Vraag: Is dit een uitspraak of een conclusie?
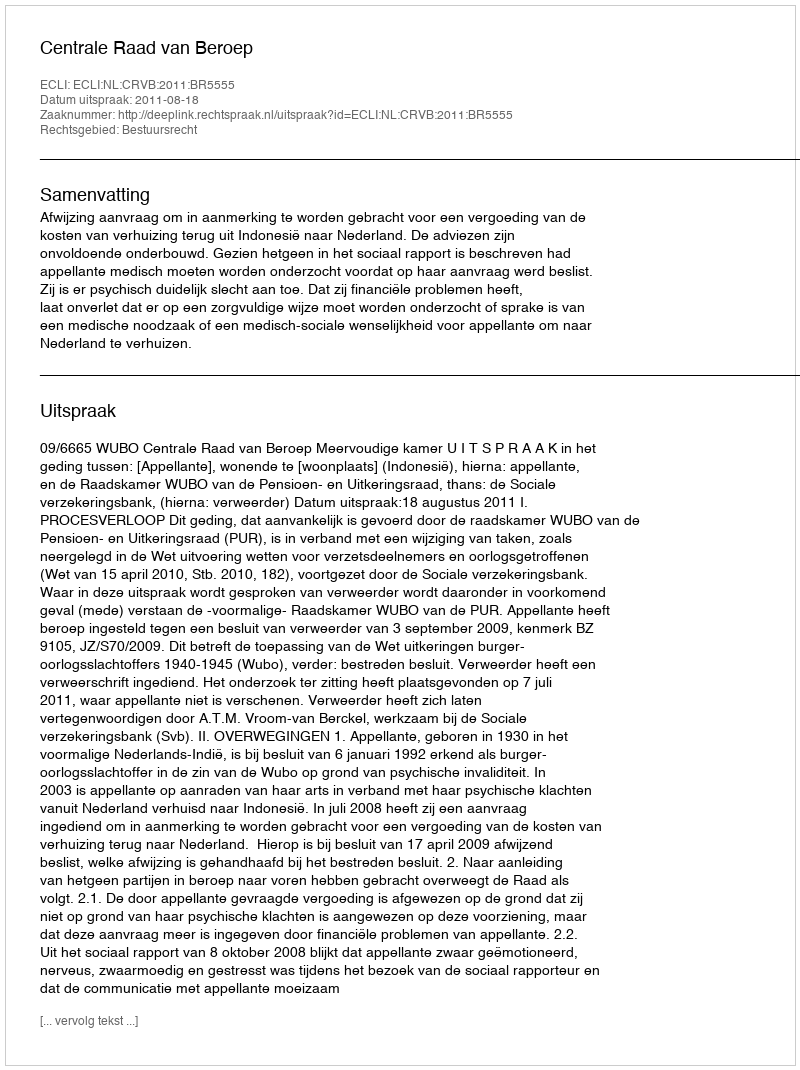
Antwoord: Uitspraak